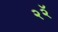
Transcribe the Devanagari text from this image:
२२ॅ